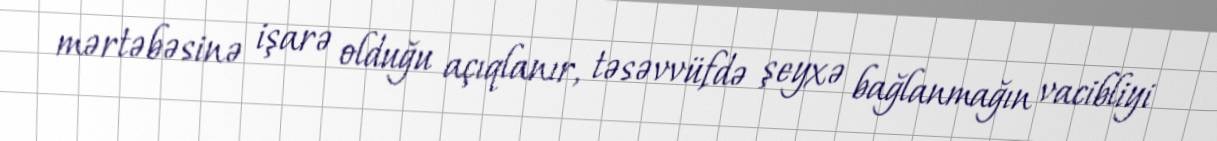
mərtəbəsinə işarə olduğu açıqlanır, təsəvvüfdə şeyxə bağlanmağın vacibliyi